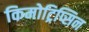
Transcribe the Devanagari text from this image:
किमोट्रिप्सिन